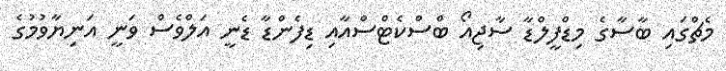
މެޗްގައި ބާސާގެ މިޑްފީލްޑާ ސާޖިއޯ ބްސްކެޓްސްއާއި ޑިފެންޑާ ޑެނީ އަލްވެސް ވަނީ އަނިޔާވުމުގެ